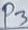
Text: P3